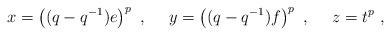
LaTeX: \begin{align*}x=\left((q-q^{-1})e\right)^p~,~~~~ y=\left((q-q^{-1})f\right)^p~,~~~~z=t^p~,\end{align*}